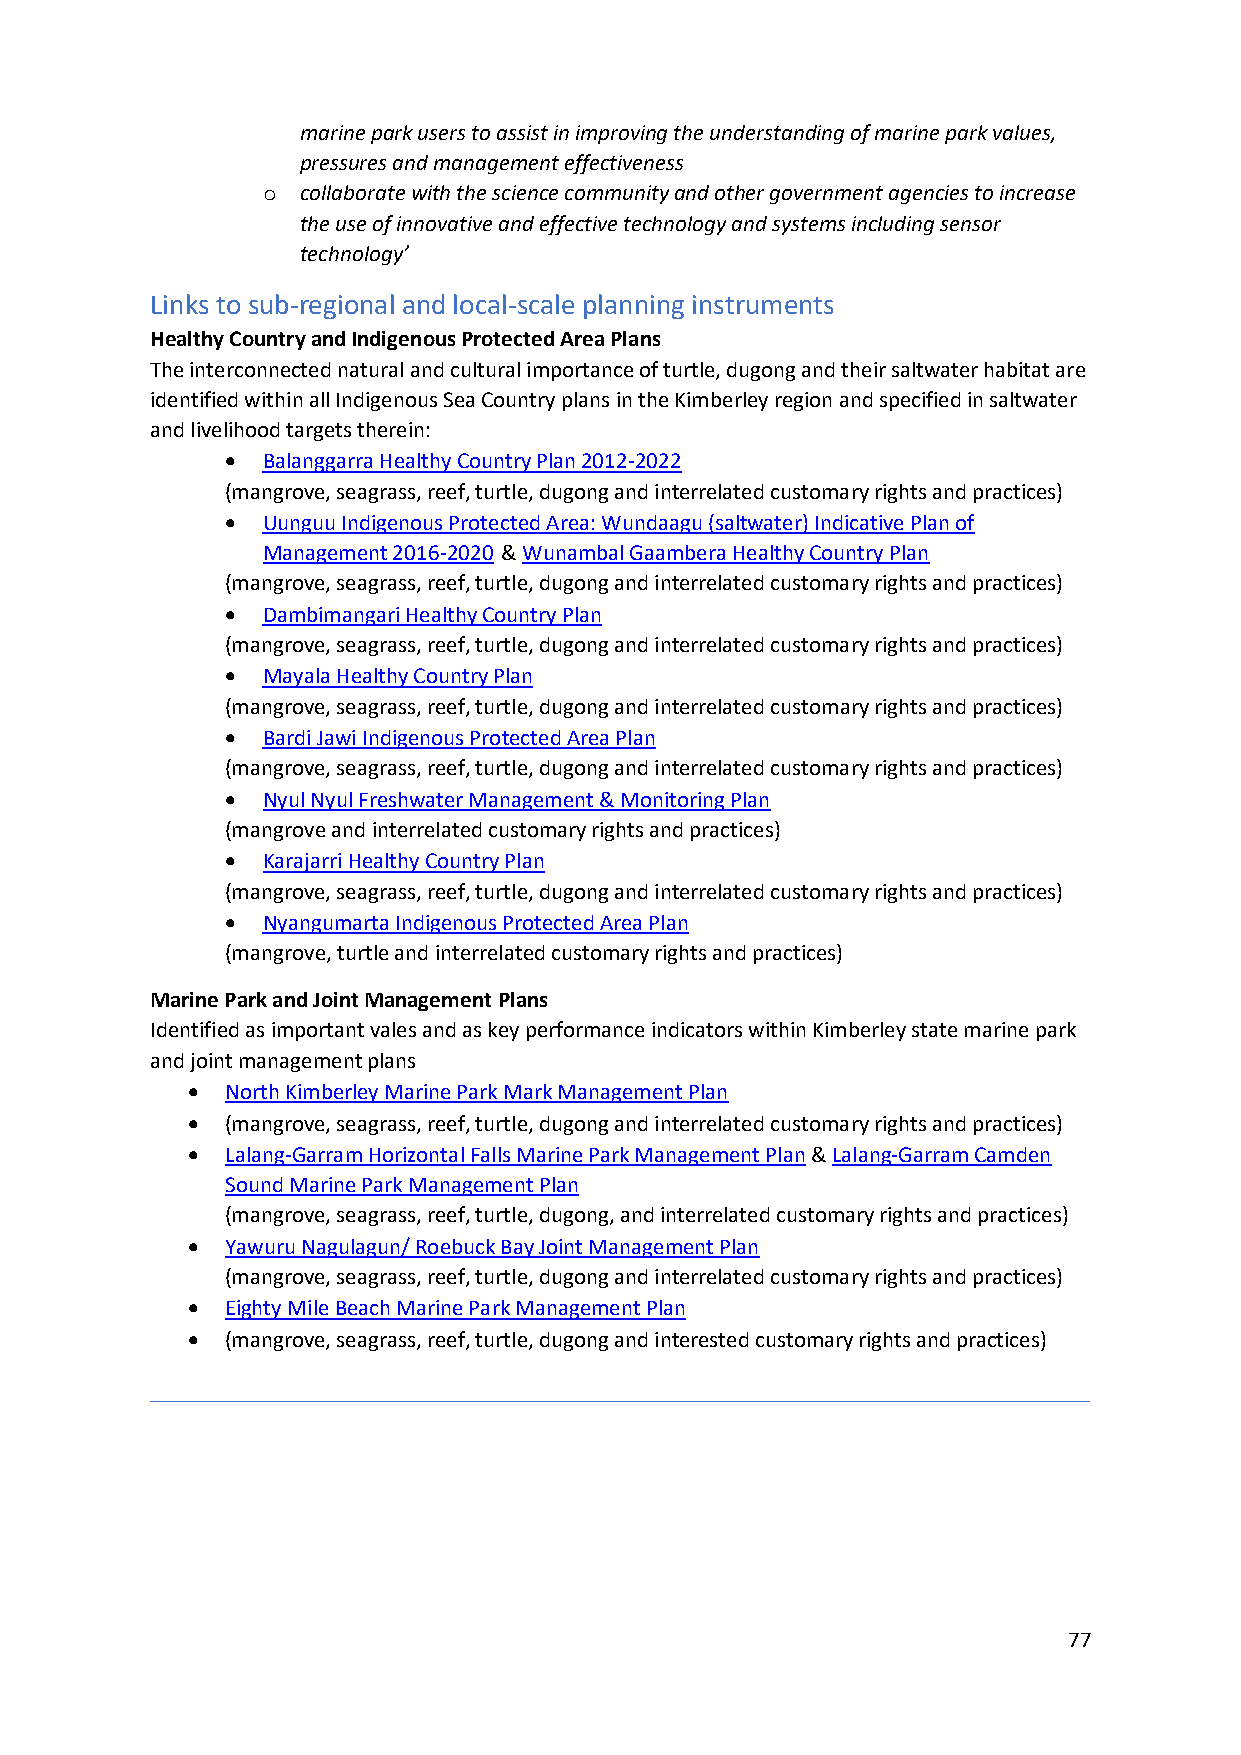
marine park users to assist in improving the understanding of marine park values,
 pressures and management effectiveness
 o  collaborate with the science community and other government agencies to increase
 the use of innovative and effective technology and systems including sensor
 technology’
 Links to sub-regional and local-scale planning instruments
 Healthy Country and Indigenous Protected Area Plans
 The interconnected natural and cultural importance of turtle, dugong and their saltwater habitat are
 identified within all Indigenous Sea Country plans in the Kimberley region and specified in saltwater
 and livelihood targets therein:
 • Balanggarra Healthy Country Plan 2012-2022
 (mangrove, seagrass, reef, turtle, dugong and interrelated customary rights and practices)
 • Uunguu Indigenous Protected Area: Wundaagu (saltwater) Indicative Plan of
 Management 2016-2020 & Wunambal Gaambera Healthy Country Plan
 (mangrove, seagrass, reef, turtle, dugong and interrelated customary rights and practices)
 • Dambimangari Healthy Country Plan
 (mangrove, seagrass, reef, turtle, dugong and interrelated customary rights and practices)
 • Mayala Healthy Country Plan
 (mangrove, seagrass, reef, turtle, dugong and interrelated customary rights and practices)
 • Bardi Jawi Indigenous Protected Area Plan
 (mangrove, seagrass, reef, turtle, dugong and interrelated customary rights and practices)
 • Nyul Nyul Freshwater Management & Monitoring Plan
 (mangrove and interrelated customary rights and practices)
 • Karajarri Healthy Country Plan
 (mangrove, seagrass, reef, turtle, dugong and interrelated customary rights and practices)
 • Nyangumarta Indigenous Protected Area Plan
 (mangrove, turtle and interrelated customary rights and practices)
 Marine Park and Joint Management Plans
 Identified as important vales and as key performance indicators within Kimberley state marine park
 and joint management plans
 •  North Kimberley Marine Park Mark Management Plan
 •  (mangrove, seagrass, reef, turtle, dugong and interrelated customary rights and practices)
 •  Lalang-Garram Horizontal Falls Marine Park Management Plan & Lalang-Garram Camden
 Sound Marine Park Management Plan
 (mangrove, seagrass, reef, turtle, dugong, and interrelated customary rights and practices)
 •  Yawuru Nagulagun/ Roebuck Bay Joint Management Plan
 (mangrove, seagrass, reef, turtle, dugong and interrelated customary rights and practices)
 •  Eighty Mile Beach Marine Park Management Plan
 •  (mangrove, seagrass, reef, turtle, dugong and interested customary rights and practices)
 77